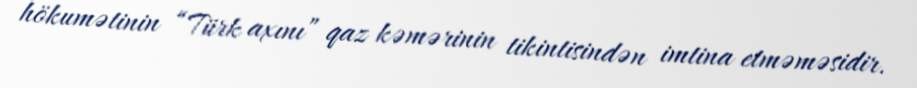
hökumətinin “Türk axını” qaz kəmərinin tikintisindən imtina etməməsidir.